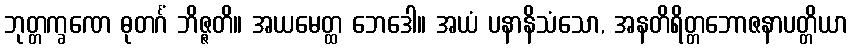
ဘုတ္တက္ခဏေ ဓုတင်္ဂံ ဘိဇ္ဇတိ။ အယမေတ္ထ ဘေဒေါ။ အယံ ပနာနိသံသော, အနတိရိတ္တဘောဇနာပတ္တိယာ